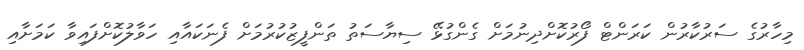
މިހާރުގެ ސަރުކާރުން ކަރަންޓް ފޯރުކޮށްދިނުމަށް ގެންގުޅޭ ސިޔާސަތު ތަންފީޒުކުރުމަށް ފެނަކައާއި ހަވާލުކޮށްފައިވާ ކަމަށާއި